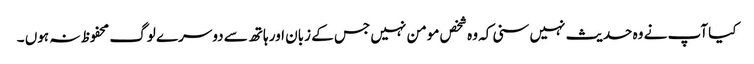
کیا آپ نے وہ حدیث نہیں سنی کہ وہ شخص مومن نہیں جس کے زبان اور ہاتھ سے دوسرے لوگ محفوظ نہ ہوں ۔